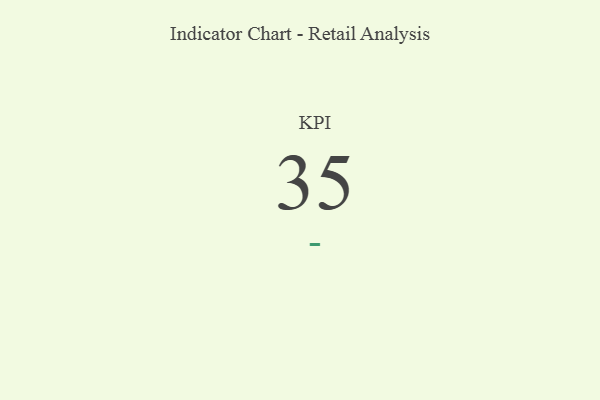
{"axis": {"x": "KPI", "y": "Value"}, "legend": [""], "data": [{"x": "KPI", "y": 35, "type": ""}]}